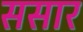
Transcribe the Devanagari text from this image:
ससार